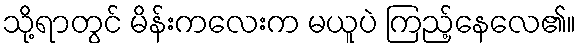
သို့ရာတွင် မိန်းကလေးက မယူပဲ ကြည့်နေလေ၏။